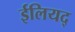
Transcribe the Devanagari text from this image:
ईलियद्